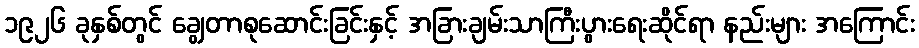
၁၉၂၆ ခုနှစ်တွင် ချွေတာစုဆောင်းခြင်းနှင့် အခြားချမ်းသာကြီးပွားရေးဆိုင်ရာ နည်းများ အကြောင်း